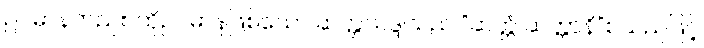
ဥပမာနတည်း၊ ထိုဥပမာနဖြစ်သော ဆတ္တသဒ္ဒါသည် “ဆတ္တံ ဆတ္တာနိ”စသည်ဖြင့်